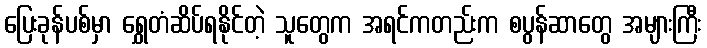
ပြေးခုန်ပစ်မှာ ရွှေတံဆိပ်ရနိုင်တဲ့ သူတွေက အရင်ကတည်းက စပွန်ဆာတွေ အများကြီး